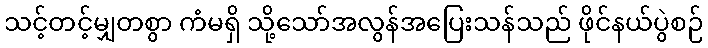
သင့်တင့်မျှတစွာ ကံမရှိ သို့သော်အလွန်အပြေးသန်သည် ဖိုင်နယ်ပွဲစဉ်